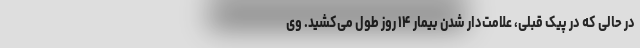
در حالی که در پیک قبلی، علامت‌دار شدن بیمار ۱۴ روز طول می‌کشید. وی